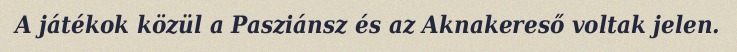
A játékok közül a Pasziánsz és az Aknakereső voltak jelen.